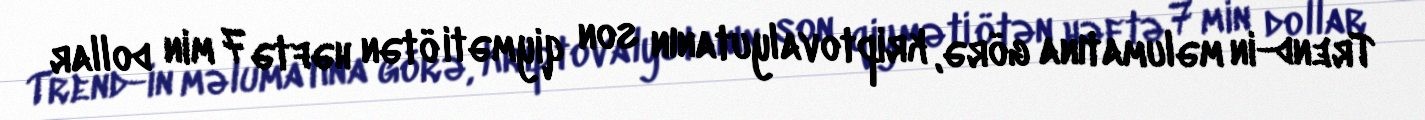
Trend-in məlumatına görə, kriptovalyutanın son qiyməti ötən həftə 7 min dollar